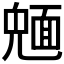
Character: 𩈠